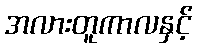
အလားတူကာလနှင့်